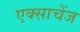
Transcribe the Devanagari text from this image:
एक्साचेंज